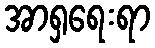
အာရှရေးရာ